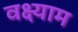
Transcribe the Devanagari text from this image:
वक्ष्याम